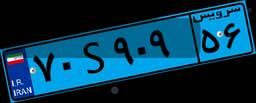
۷۰S۹۰۹۵۶